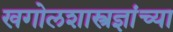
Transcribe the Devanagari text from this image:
खगोलशास्त्रज्ञांच्या